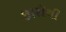
છારીથી